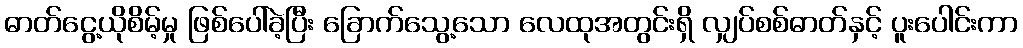
ဓာတ်ငွေ့ယိုစိမ့်မှု ဖြစ်ပေါ်ခဲ့ပြီး ခြောက်သွေ့သော လေထုအတွင်းရှိ လျှပ်စစ်ဓာတ်နှင့် ပူးပေါင်းကာ